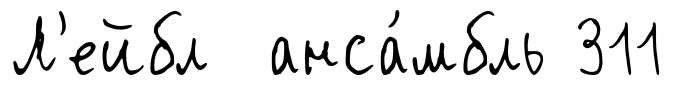
Л'ейбл анса́мбль 311